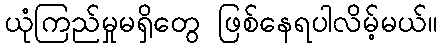
ယုံကြည်မှုမရှိတွေ ဖြစ်နေရပါလိမ့်မယ်။